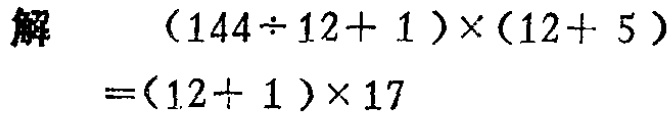
解
\[
\begin{align*}
&(144\div12 + 1)\times(12 + 5)\\
=&(12 + 1)\times17
\end{align*}
\]